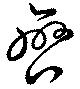
曫